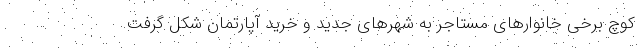
کوچ برخی خانوارهای مستاجر به شهرهای جدید و خرید آپارتمان شکل گرفت.